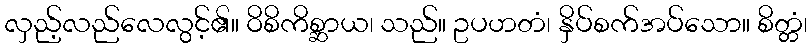
လှည့်လည်လေလွင့်၏။ ဝိစိကိစ္ဆာယ၊ သည်။ ဥပဟတံ၊ နှိပ်စက်အပ်သော။ စိတ္တံ၊